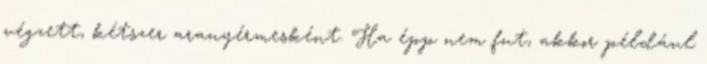
végzett, kétszer aranyérmesként. Ha épp nem fut, akkor például